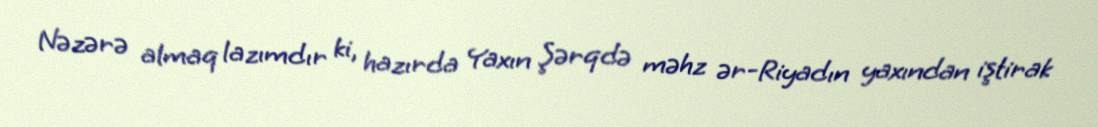
Nəzərə almaq lazımdır ki, hazırda Yaxın Şərqdə məhz ər-Riyadın yaxından iştirak